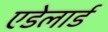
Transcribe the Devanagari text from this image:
एडेलार्ड